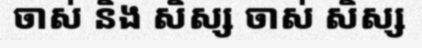
ចាស់ និង សិស្ស ចាស់ សិស្ស